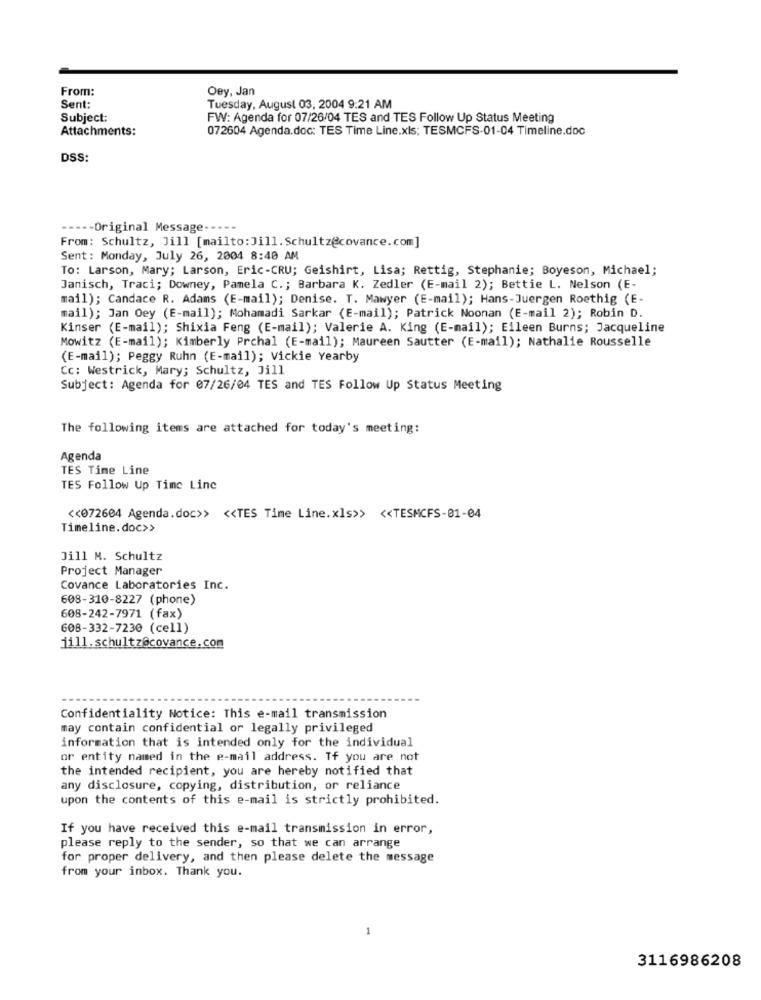
From:
Oey, Jan
Sent:
Tuesday, August 03, 2004 9:21 AM
Subject:
FW: Agenda for 07/26/04 TES and TES Follow Up Status Meeting
Attachments:
072604 Agenda.doc: TES Time Line.xls; TESMCFS-01-04 Timeline.doc
DSS:
---- Original Message --·
From: Schultz, Jill [mailto:Jill. Schultz@covance.com]
Sent: Monday, July 26, 2004 8:40 AM
To: Larson, Mary; Larson, Eric-CRU; Geishirt, Lisa; Rettig, Stephanie; Boyeson, Michael;
Janisch, Traci; Downey, Pamela C .; Barbara K. Zedler (E-mail 2); Bettie L. Nelson (E-
mail); Candace R. Adams (E-mail); Denise. T. Mawyer (E-mail); Hans-Juergen Roethig (E-
mail); Jan Oey (E-mail); Mohamadi Sarkar (E-mail); Patrick Noonan (E-mail 2); Robin D.
Kinser (E-mail); Shixia Feng (E-mail); Valerie A. King (E-mail); Eileen Burns; Jacqueline
Mowitz (E-mail); Kimberly Prchal (E-mail); Maureen Sautter (E-mail); Nathalie Rousselle
(E-mail); Peggy Ruhn (E-mail); Vickie Yearby
Cc: Westrick, Mary; Schultz, Jill
Subject: Agenda for 07/26/04 TES and TES Follow Up Status Meeting
The following items are attached for today's meeting:
Agenda
TES Time Line
TES Follow Up Time Line
<< 072604 Agenda.doc>> << TES Time Line.xls>> << TESMCFS-01-04
Timeline.doc>>
Jill M. Schultz
Project Manager
Covance Laboratories Inc.
608-310-8227 (phone)
608-242-7971 (fax)
608-332-7230 (cell)
jill.schultz@covance.com
Confidentiality Notice: This e-mail transmission
may contain confidential or legally privileged
information that is intended only for the individual
or entity named in the e-mail address. If you are not
the intended recipient, you are hereby notified that
any disclosure, copying, distribution, or reliance
upon the contents of this e-mail is strictly prohibited.
If you have received this e-mail transmission in error,
please reply to the sender, so that we can arrange
for proper delivery, and then please delete the message
from your inbox. Thank you.
1
3116986208